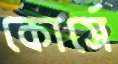
কোর্সে